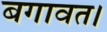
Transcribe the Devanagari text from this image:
बगावत।